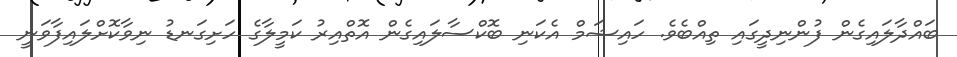
ބައްދާލައިގެން ފުންނިދީގައި ތިއްބެވެ. ހައިޝަމް އެކަނި ބޮކްސާލައިގެން އޮތްއިރު ކަމީލާގެ ހަށިގަނޑު ނިވާކޮށްލައިފާވަނީ